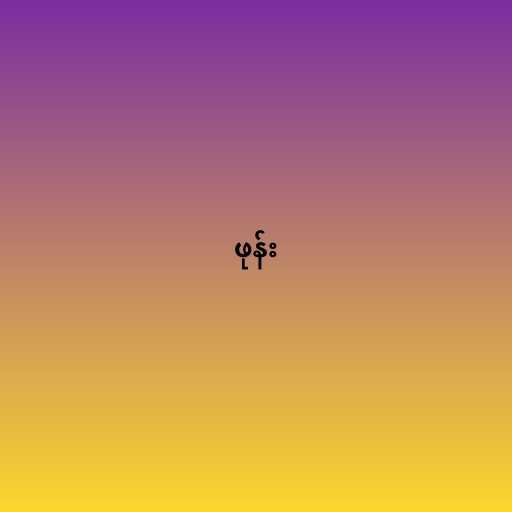
ဖုန်း